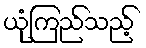
ယုံကြည်သည့်